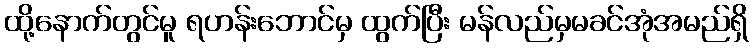
ထို့နောက်တွင်မူ ရဟန်းဘောင်မှ ထွက်ပြီး မန်လည်မှမခင်အုံအမည်ရှိ